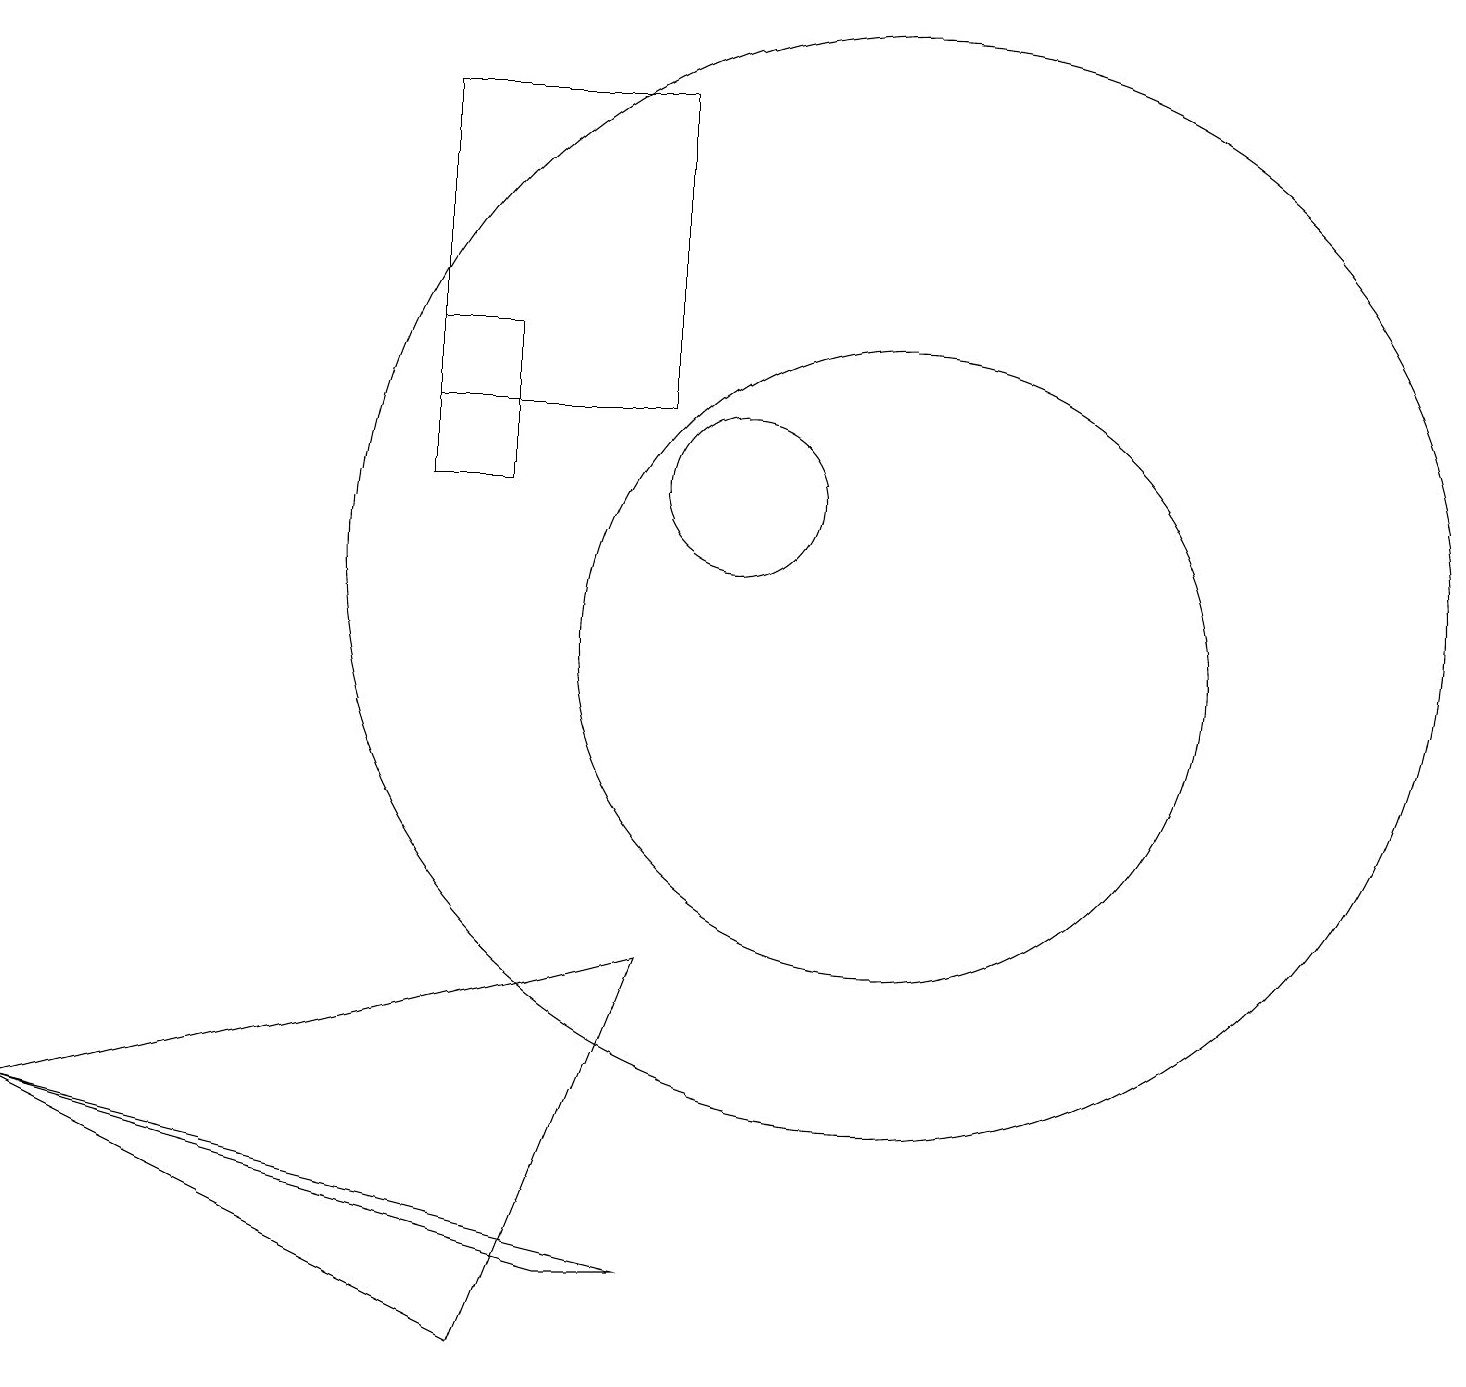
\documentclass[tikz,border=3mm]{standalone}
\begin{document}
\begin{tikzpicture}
\draw (10,12) circle (1);
\draw (12,10) circle (4);
\draw (6,12) rectangle (7,14);
\draw (1,4) -- (7,1) -- (9,6) -- cycle;
\draw (1,4) -- (9,2) -- (8,2) -- cycle;
\draw (12,11) circle (7);
\draw (9,13) rectangle (6,17);
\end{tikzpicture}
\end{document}